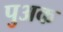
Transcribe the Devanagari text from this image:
पुअक